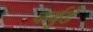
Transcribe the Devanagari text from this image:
कर्बुडे